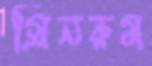
গ্রিনরুম